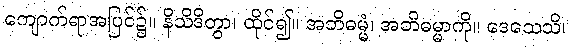
ကျောက်ရာအပြင်၌။ နိသိဒိတွာ၊ ထိုင်၍။ အဘိဓမ္မံ၊ အဘိဓမ္မာကို။ ဒေသေသိ၊